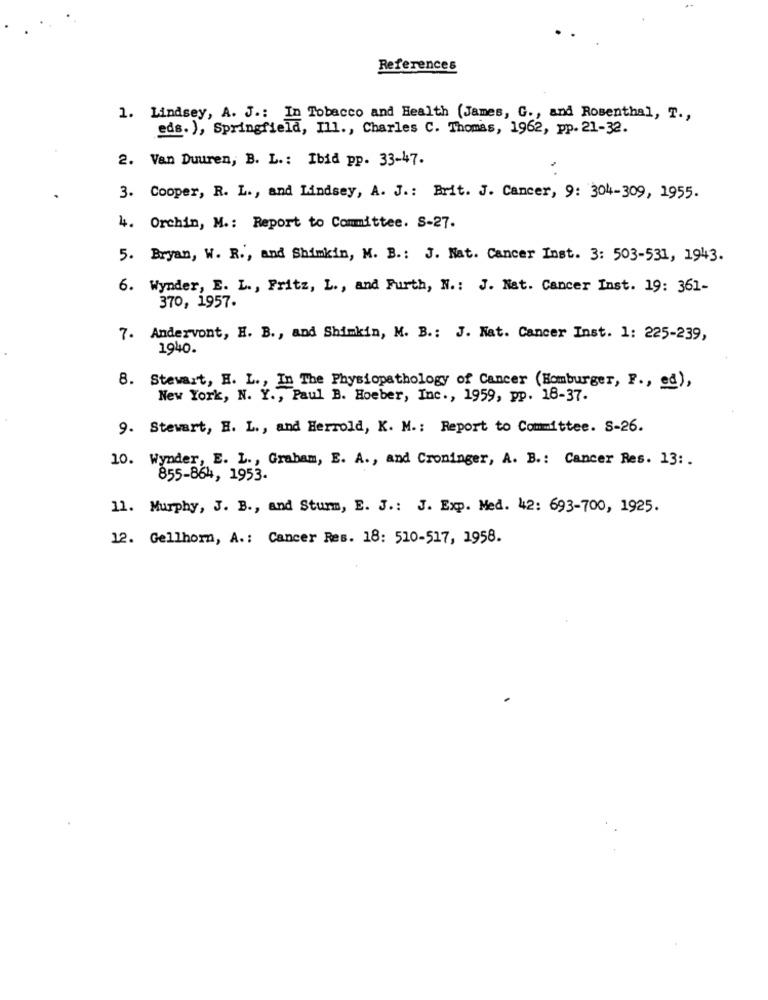
References
1. Lindsey, A. J .: In Tobacco and Health (James, G ., and Rosenthal, T .,
eds. ), Springfield, Ill ., Charles C. Thomas, 1962, pp. 21-32.
2. Van Duuren, B. L .: Ibid pp. 33-47.
3. Cooper, R. L ., and Lindsey, A. J .: Brit. J. Cancer, 9: 304-309, 1955.
4. Orchin, M .: Report to Committee. S-27.
5. Bryan, W. R ., and Shimkin, M. B .: J. Nat. Cancer Inst. 3: 503-531, 1943.
6. Wynder, E. L ., Fritz, L ., and Furth, N .: J. Nat. Cancer Inst. 19: 361-
370, 1957.
7. Andervont, H. B ., and Shimkin, M. B .: J. Nat. Cancer Inst. 1: 225-239,
1940.
8. Stewart, H. L ., In The Physiopathology of Cancer (Homburger, F ., ed),
New York, N. Y ., Paul B. Hoeber, Inc ., 1959, pp. 18-37.
9. Stewart, H. L ., and Herrold, K. M .: Report to Committee. S-26.
10. Wynder, E. L ., Graham, E. A ., and Croninger, A. B .: Cancer Res. 13 :.
855-864, 1953-
11. Murphy, J. B ., and Sturm, E. J .: J. Exp. Med. 42: 693-700, 1925.
12. Gellhorn, A .: Cancer Res. 18: 510-517, 1958.